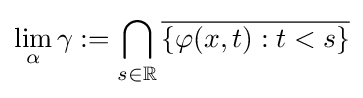
\lim _{\alpha }\gamma :=\bigcap _{s\in \mathbb {R} }{\overline {\{\varphi (x,t):t<s\}}}